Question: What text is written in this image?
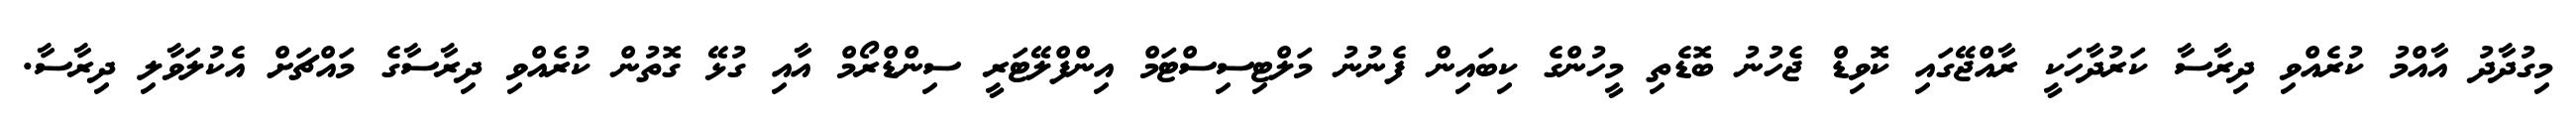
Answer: މިގުދާދު އާއްމު ކުރެއްވި ދިރާސާ ކަރުދާހަކީ ރާއްޖޭގައި ކޮވިޑް ޖެހުނު ބޮޑެތި މީހުންގެ ކިބައިން ފެނުނު މަލްޓިސިސްޓަމް އިންފްލޭޓަރީ ސިންޑްރޯމް އާއި ގުޅޭ ގޮތުން ކުރެއްވި ދިރާސާގެ މައްޗަށް އެކުލަވާލި ދިރާސާ.